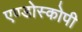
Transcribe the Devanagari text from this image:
एण्डोस्कोपी